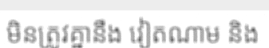
មិនត្រូវគ្នានឹង វៀតណាម និង